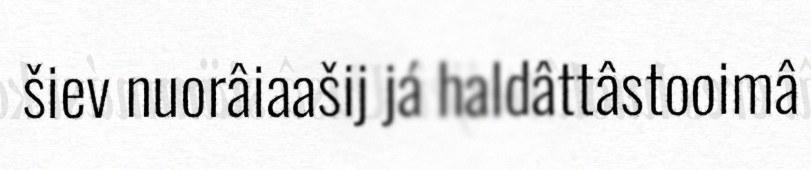
šiev nuorâiaašij já haldâttâstooimâ